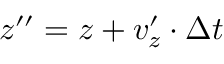
z ^ { \prime \prime } = z + v _ { z } ^ { \prime } \cdot \Delta t